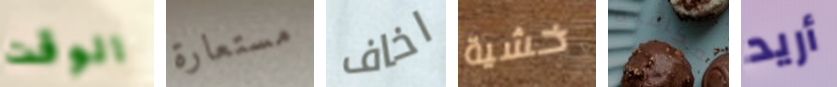
الوقت مستعارة اخاف خشية لمكافحة أريد